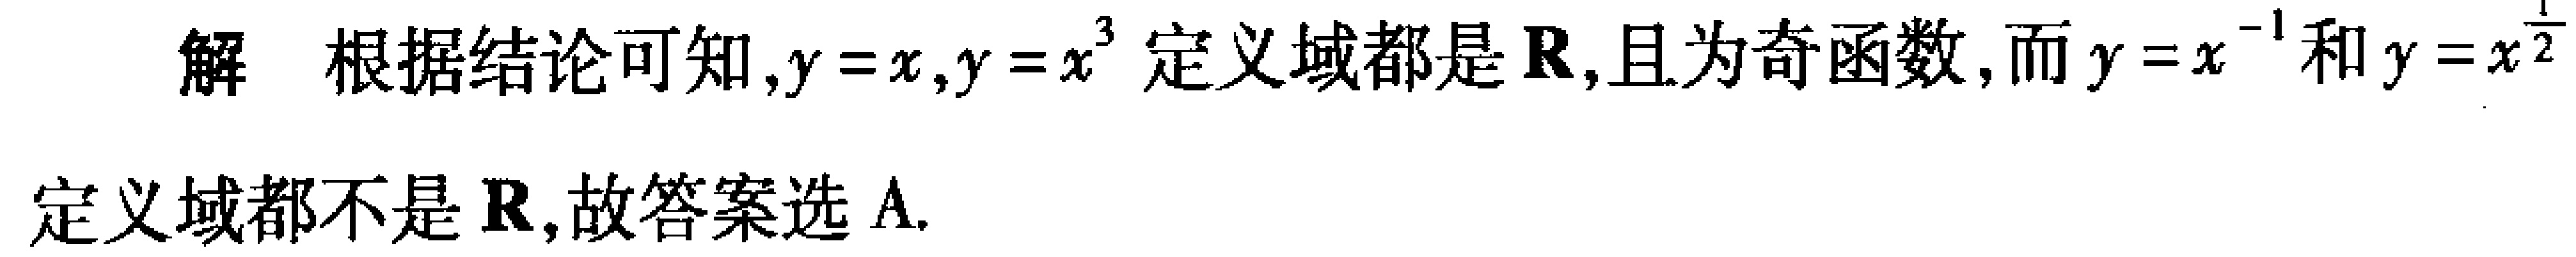
解 根据结论可知,$y = x,y = x^{3}$ 定义域都是 $\mathbf{R}$,且为奇函数,而 $y = x^{-1}$和$y = x^{\frac{1}{2}}$ 定义域都不是 $\mathbf{R}$,故答案选 A.